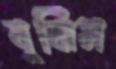
বুঝিস